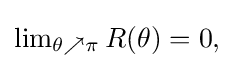
{\textstyle \lim _{\theta \nearrow \pi }R(\theta )=0,}